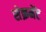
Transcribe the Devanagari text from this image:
सेक्रमेंट